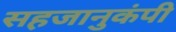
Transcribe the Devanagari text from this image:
सहजानुकंपी